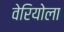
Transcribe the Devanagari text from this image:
वेरियोला